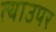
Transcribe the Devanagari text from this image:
त्याउपर